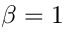
\beta = 1